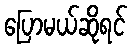
ပြောမယ်ဆိုရင်